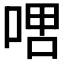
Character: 𫪞